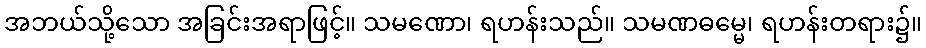
အဘယ်သို့သော အခြင်းအရာဖြင့်။ သမဏော၊ ရဟန်းသည်။ သမဏဓမ္မေ၊ ရဟန်းတရား၌။